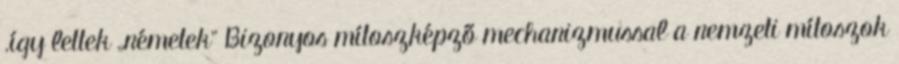
.így lettek „németek” Bizonyos mítoszképző mechanizmussal a nemzeti mítoszok